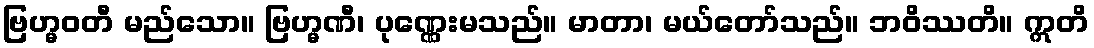
ဗြဟ္မဝတီ မည်သော။ ဗြဟ္မဏီ၊ ပုဏ္ဏေးမသည်။ မာတာ၊ မယ်တော်သည်။ ဘဝိဿတိ။ ဣတိ